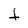
Character: t